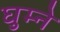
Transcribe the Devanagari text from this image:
घुम्ने